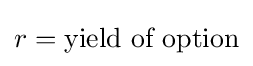
r={\text{yield of option}}